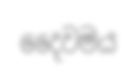
දෛවමය